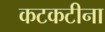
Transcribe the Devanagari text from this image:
कटकटीना